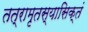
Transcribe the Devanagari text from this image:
तत्रामृतस्यासिक्तं